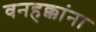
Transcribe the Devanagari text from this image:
वनहक्कांना